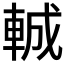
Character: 𮝍